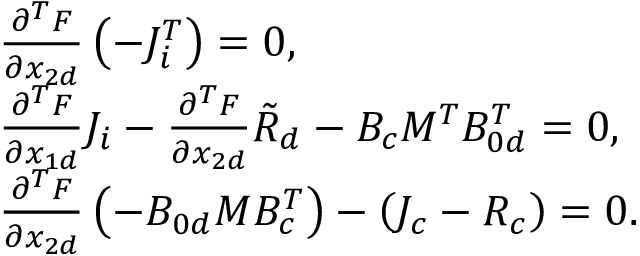
\begin{array} { r l } & { \frac { \partial ^ { T } F } { \partial x _ { 2 d } } \left( - J _ { i } ^ { T } \right) = 0 , } \\ & { \frac { \partial ^ { T } F } { \partial x _ { 1 d } } J _ { i } - \frac { \partial ^ { T } F } { \partial x _ { 2 d } } \tilde { R } _ { d } - B _ { c } M ^ { T } B _ { 0 d } ^ { T } = 0 , } \\ & { \frac { \partial ^ { T } F } { \partial x _ { 2 d } } \left( - B _ { 0 d } M B _ { c } ^ { T } \right) - \left( J _ { c } - R _ { c } \right) = 0 . } \end{array}